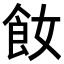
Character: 𩚔